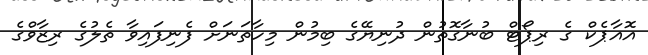
އޮއާޕެކް ގެ ރިޕޯޓް ބުނާގޮތުން ދުނިޔޭގެ ބިމުން މިހާތަނަށް ފެނިފައިވާ ތެލުގެ ރިޒާވްގެ